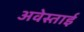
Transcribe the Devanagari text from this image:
अवेस्ताई